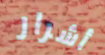
أشرار